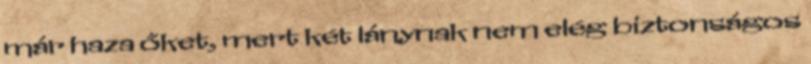
már haza őket, mert két lánynak nem elég biztonságos